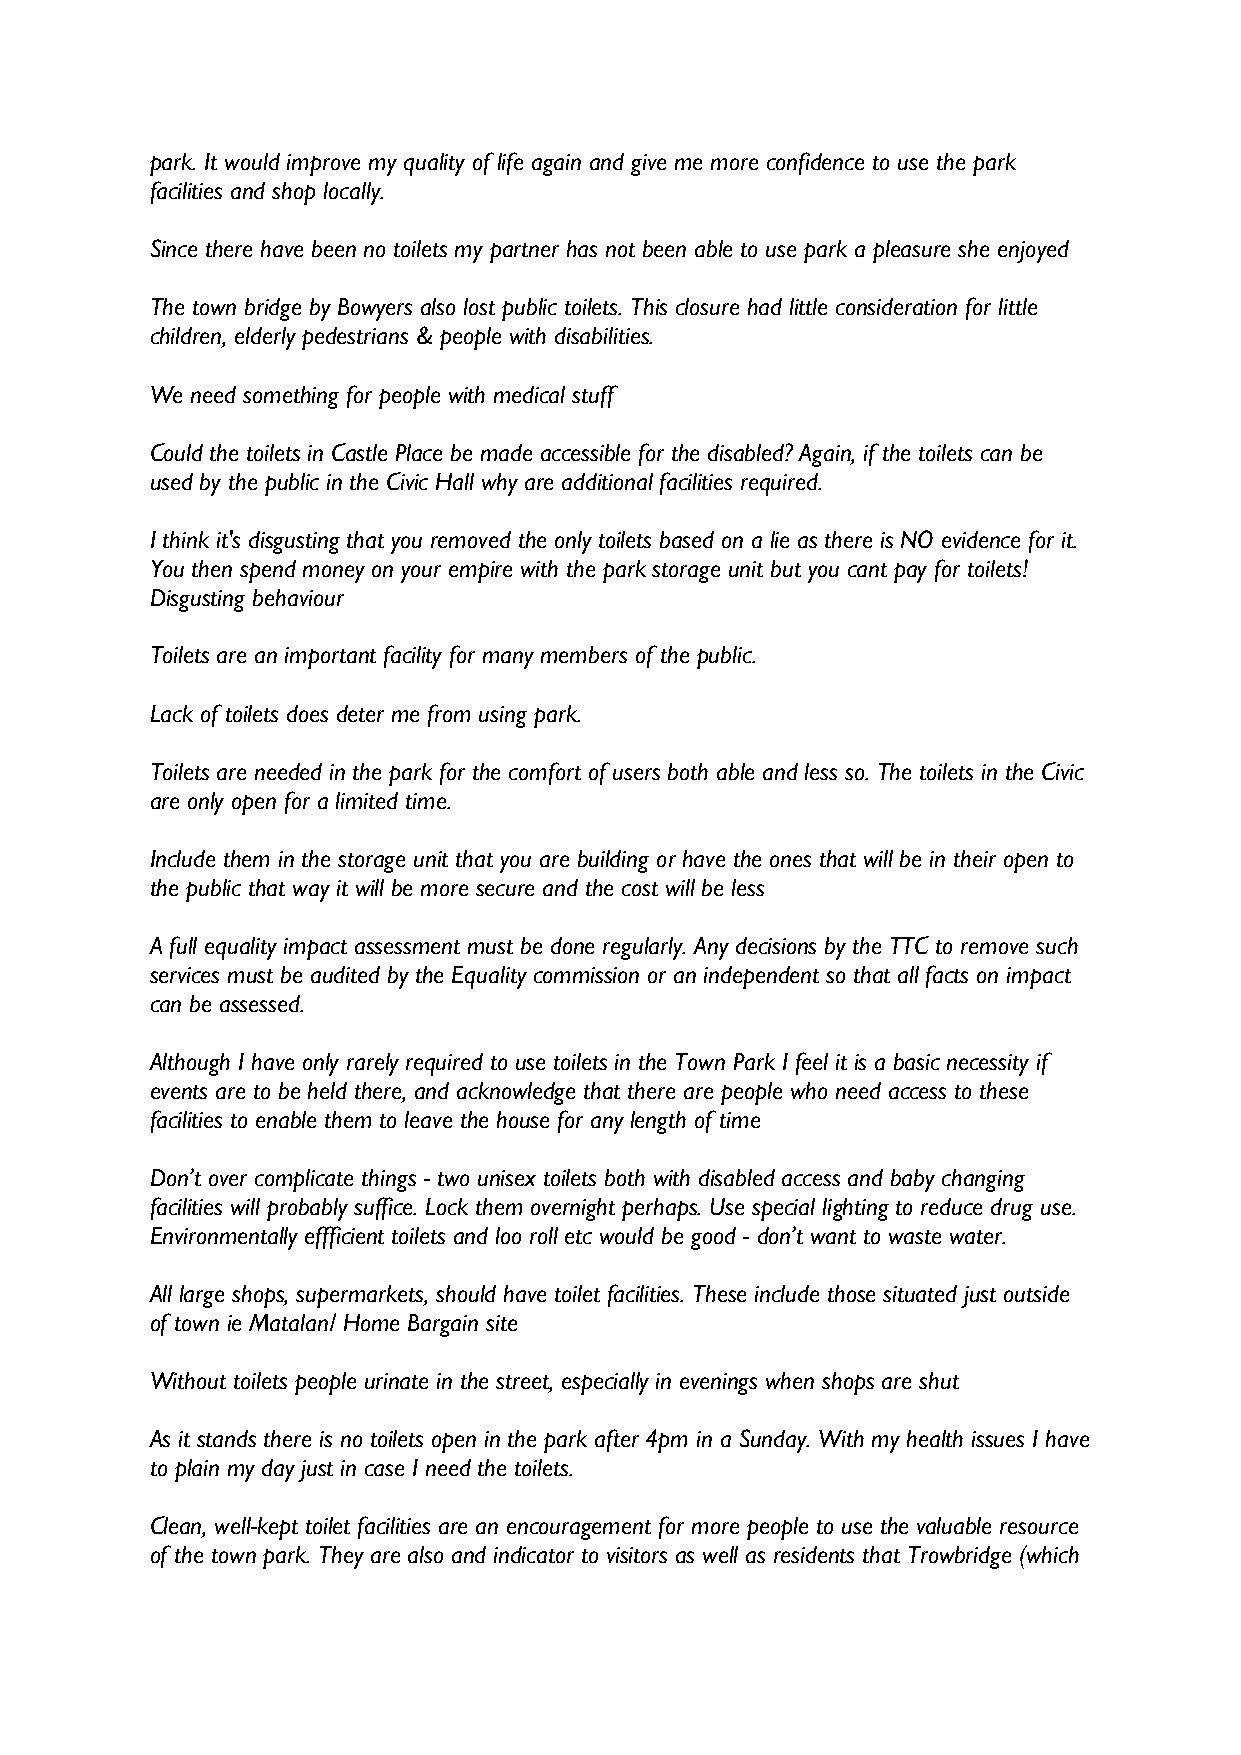
park. It would improve my quality of life again and give me more confidence to use the park
 facilities and shop locally.
 Since there have been no toilets my partner has not been able to use park a pleasure she enjoyed
 The town bridge by Bowyers also lost public toilets. This closure had little consideration for little
 children, elderly pedestrians & people with disabilities.
 We need something for people with medical stuff
 Could the toilets in Castle Place be made accessible for the disabled? Again, if the toilets can be
 used by the public in the Civic Hall why are additional facilities required.
 I think it's disgusting that you removed the only toilets based on a lie as there is NO evidence for it.
 You then spend money on your empire with the park storage unit but you cant pay for toilets!
 Disgusting behaviour
 Toilets are an important facility for many members of the public.
 Lack of toilets does deter me from using park.
 Toilets are needed in the park for the comfort of users both able and less so. The toilets in the Civic
 are only open for a limited time.
 Include them in the storage unit that you are building or have the ones that will be in their open to
 the public that way it will be more secure and the cost will be less
 A full equality impact assessment must be done regularly. Any decisions by the TTC to remove such
 services must be audited by the Equality commission or an independent so that all facts on impact
 can be assessed.
 Although I have only rarely required to use toilets in the Town Park I feel it is a basic necessity if
 events are to be held there, and acknowledge that there are people who need access to these
 facilities to enable them to leave the house for any length of time
 Don’t over complicate things - two unisex toilets both with disabled access and baby changing
 facilities will probably suffice. Lock them overnight perhaps. Use special lighting to reduce drug use.
 Environmentally effficient toilets and loo roll etc would be good - don’t want to waste water.
 All large shops, supermarkets, should have toilet facilities. These include those situated just outside
 of town ie Matalan/ Home Bargain site
 Without toilets people urinate in the street, especially in evenings when shops are shut
 As it stands there is no toilets open in the park after 4pm in a Sunday. With my health issues I have
 to plain my day just in case I need the toilets.
 Clean, well-kept toilet facilities are an encouragement for more people to use the valuable resource
 of the town park. They are also and indicator to visitors as well as residents that Trowbridge (which